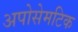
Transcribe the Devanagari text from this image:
अपोसेमटिक